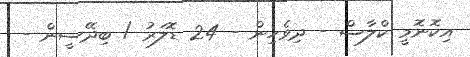
އިކޮނޮމީ ކްލާސް - ދިވެހިން - 24 ޑޮލަރު / ބިދޭސީން -